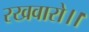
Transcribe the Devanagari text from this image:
रखवारो।।